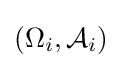
(\Omega _{i},{\mathcal {A}}_{i})